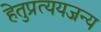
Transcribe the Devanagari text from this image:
हेतुप्रत्ययजन्य